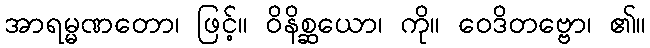
အာရမ္မဏတော၊ ဖြင့်။ ဝိနိစ္ဆယော၊ ကို။ ဝေဒိတဗ္ဗော၊ ၏။